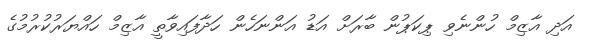
އަދި އާޒިމް ހުންނެވި ޕިކަޕުން ބާރަށް އަޑު އަންނަހެން ހަދާފައިވާތީ އާޒިމް ހައްޔަރުކުރުމުގެ